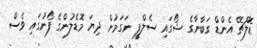
ޑޮލްޗޭ އެންޑް ގަބާނާގެ ޝޯގައި ސެލްފީ ނަގަމުން ދިޔަ މޮޑެލުންގެ ފޯނުގައި ވެސް